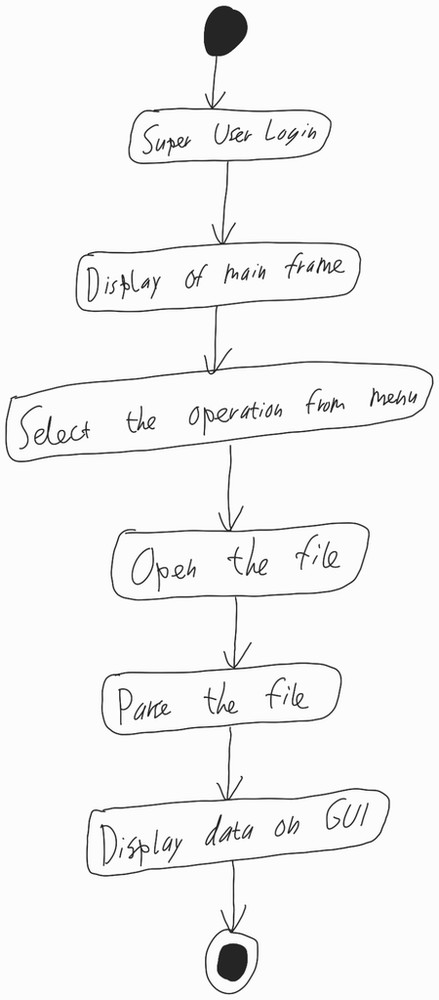
Diagram type: activity_diagram
```plantuml
@startuml

start

:Super User Login;

:Display of main frame;

:Select the operation from menu;

:Open the file;

:Parse the file;

:Display data on GUI;

stop

@enduml
```